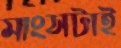
মাংসটাই